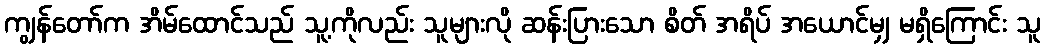
ကျွန်တော်က အိမ်ထောင်သည် သူ့ကိုလည်း သူများလို ဆန်းပြားသော စိတ် အရိပ် အယောင်မျှ မရှိကြောင်း သူ